ELKNU_Viljandimaa_Komitee, lk 7
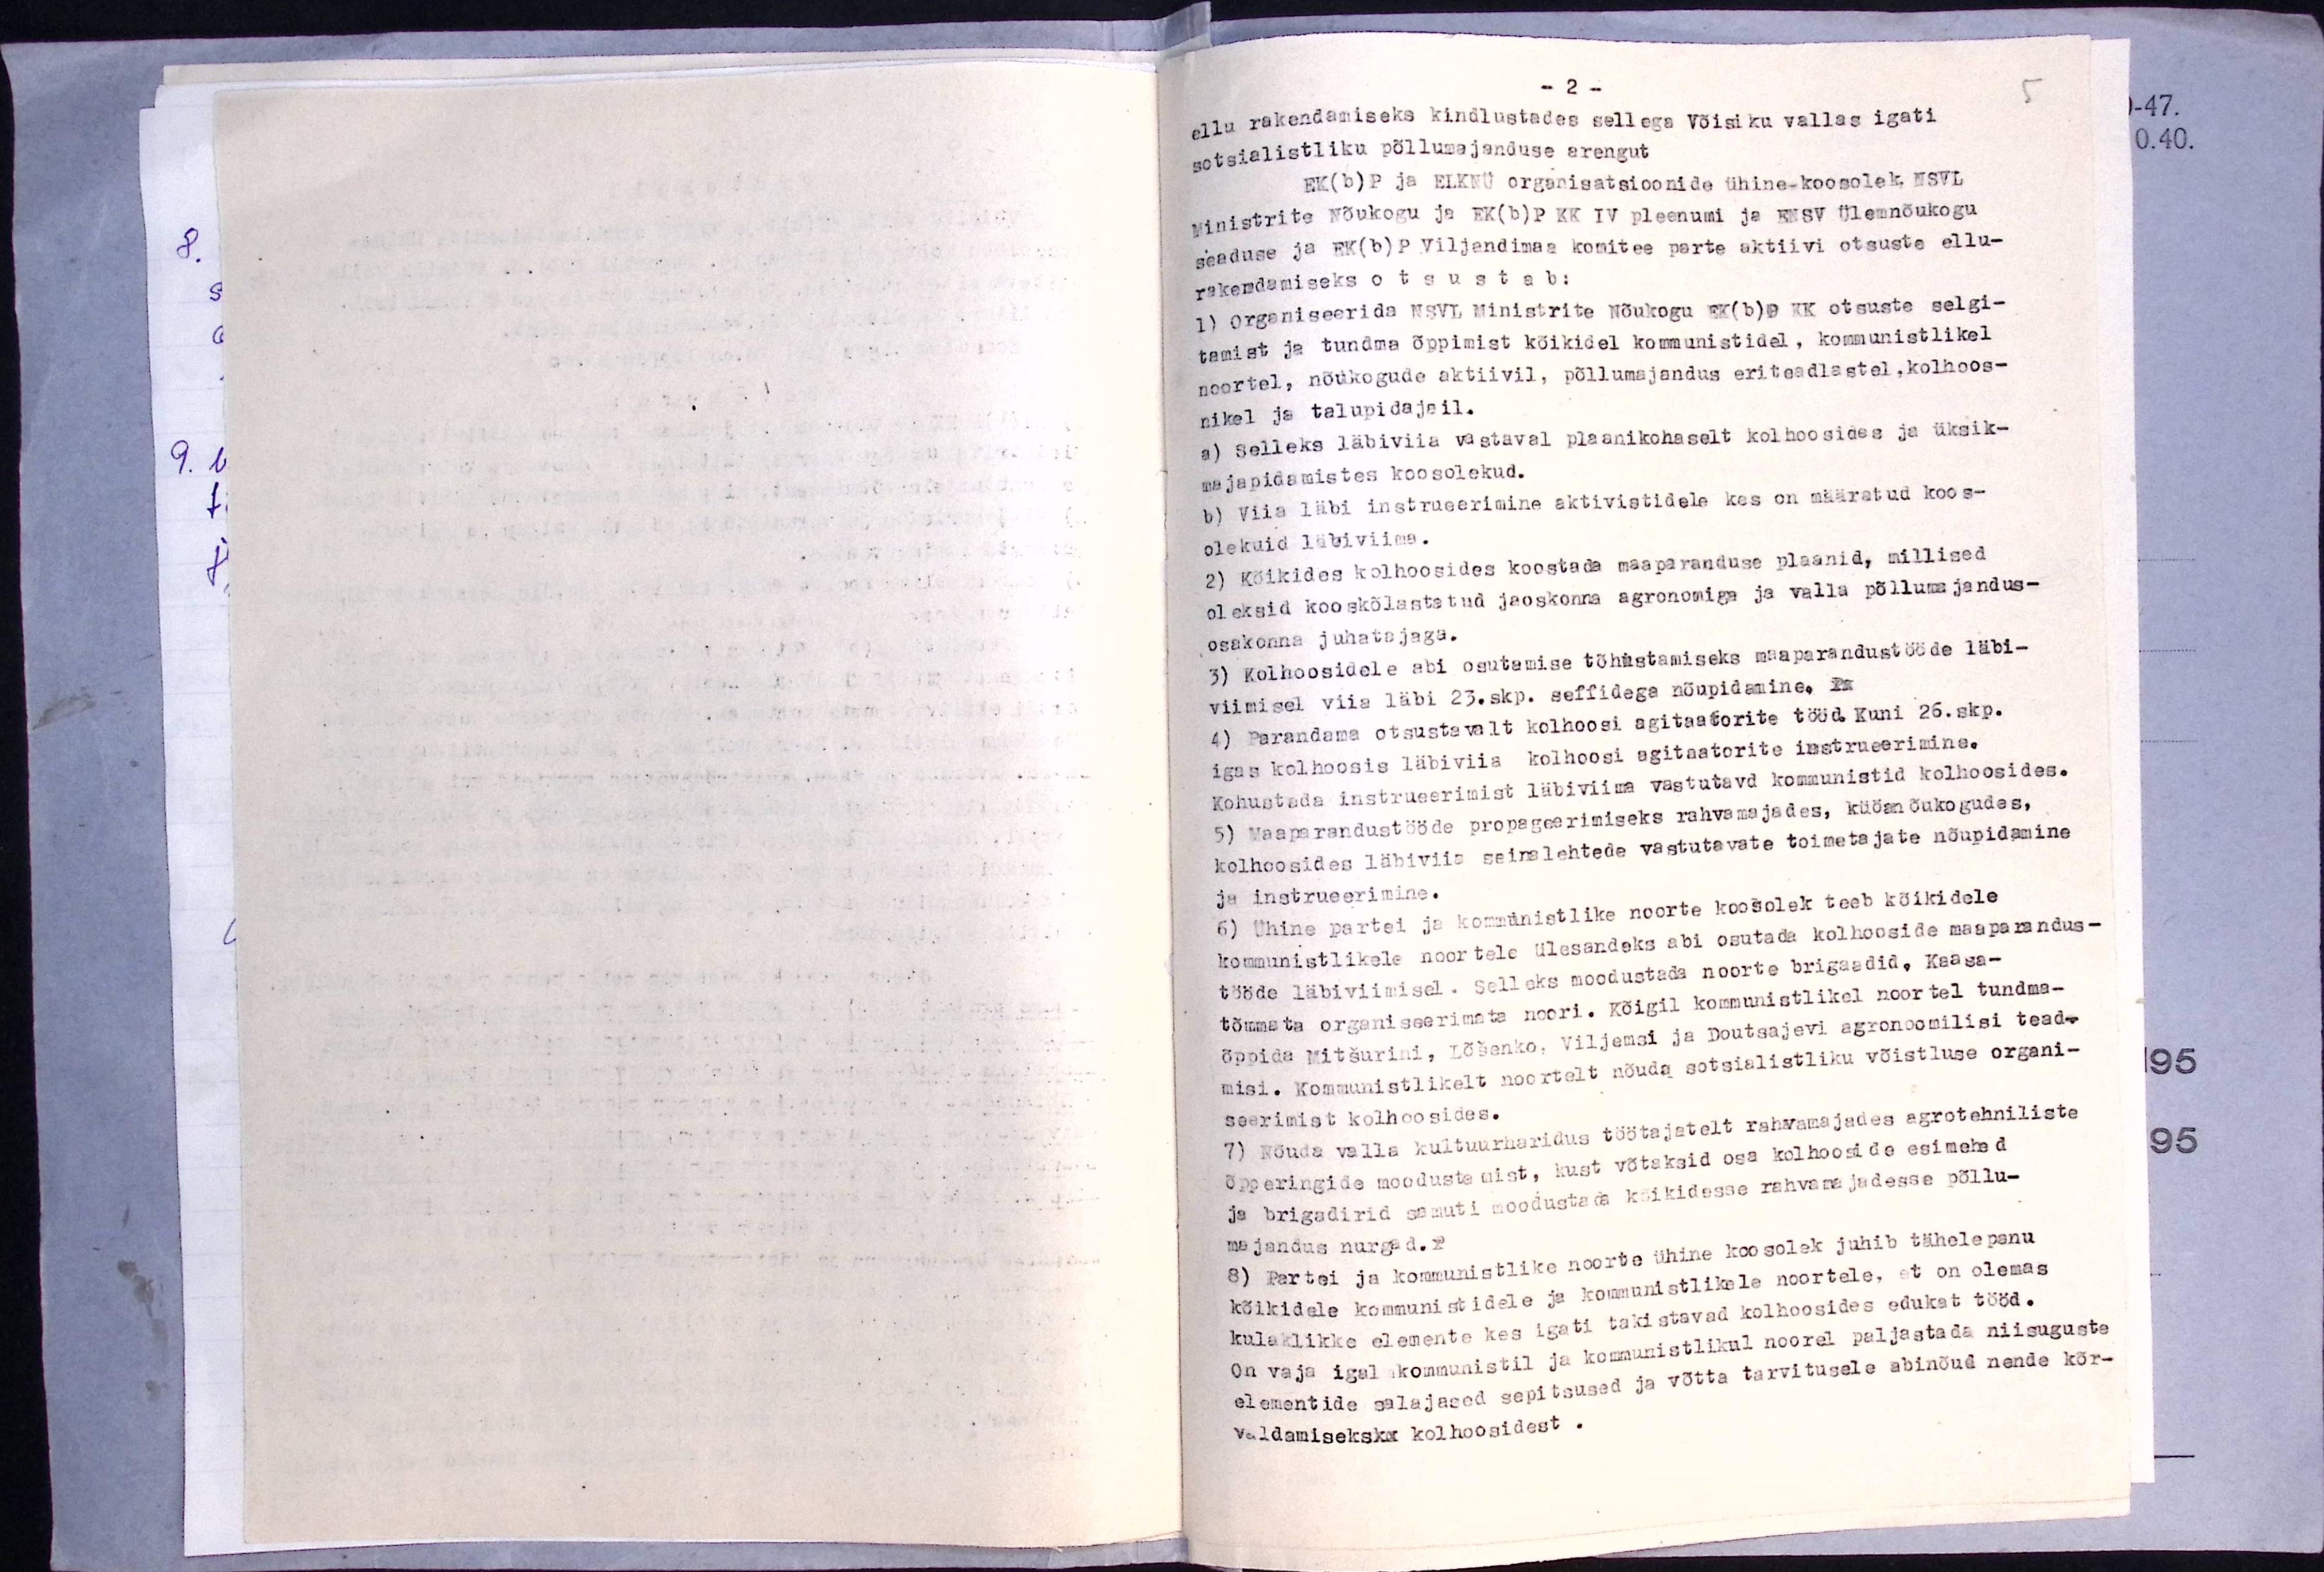
-2 -
ellu rakendamiseks kindlustades sellega Võisiku vallas igati
sotsialistliku põllumajanduse arengut
EK(b)P ja ELKNÜ organisatsioonide ühine-koosolek NSVL
ministrite Nõukogu ja EK(b)P KK IV pleenumi ja ENSV ülemnõukogu
seaduse ja EK(b)P Viljandimaa komitee partei aktiivi otsuste ellu-
rakendamiseks otsustab:
1) Organiseerida NSLV Ministrite Nõukogu EK(b)P KK otsuste selgi-
tamist ja tundma õppimist kõikidel kommunistidel, kommunistlikel
noortel, nõukogude aktiivil, põllumajandus eriteadlastel, kolhoos-
nikel ja talupidajail.
a) selleks läbiviia vastaval plaanikohaselt kolhoosides ja üksik-
majapidamistes koosolekud.
b) viia läbi instrueerimine aktivistidele kes on määratud koos-
olekuid läbiviima.
2) Kõikides kolhoosides koostada maaparanduse plaanid, millised
oleksid kooskõlastatud jaoskonna agronomiga ja valla põllumajandus-
osakonna juhatajaga.
3) Kolhoosidele abi osutamise tõhustamiseks maaparandustööde läbi-
viimisel viia läbi 23.skp. seffidega nõupidamine. lm
4) Parandama otsustavalt kolhoosi agitaatorite tööd kuni 26.skp.
igas kolhoosis läbiviia kolhoosi agitaatorite instrueerimine.
Kohustada instrueerimist läbiviima vastutavad kommunistid kolhoosides.
5) Maaparandustööde propageerimiseks rahvamajades, külanõukogudes,
kolhoosides läbiviia seinalehtede vastutavate toimetajate nõupidamine
ja instrueerimine.
6) Ühine partei ja komministlike noorte koosolek teeb kõikidele
kommunistlikele noortele ülesandeks abi osutada kolhooside maaprandus-
tööde läbiviimisel. Selleks moodustada noorte brigaadid. Kaasa-
tõmmata organiseerimata noori. Kõigil kommunistlikel noortel tundma-
õppida Mitsurini, Lõsenko. Viljemsi ja Doutsajevi agronoomilisi tead-
misi. Kommunistlikelt noortelt nõuda sotsialistliku võistluse organi-
seerimist kolhoosides.
7) Nõuda valla kultuurharidus töötajatelt rahwamajades agrotehniliste
Õpperingide moodustamist, kust võtaksid osa kolhooside esimehed
ja brigadirid samuti moodustada kõikidesse rahvarajadesse põllu-
majandus nurgad.
8) Partei ja kommunistlike noorte ühine koosolek juhib tähelepanu
kõikidele kommunistidele ja kummunistlikele noortele, et on olemas
kulaklikke elemente kes igati takistavad kolhoosides edukat tööd.
On vaja igal kommunistil ja komunistlikul noorel paljastada niisuguste
elementide salajased sepitsused ja võtta tarvitusele abinõud nende kõr-
valdamiseks kolhoosidest.